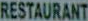
RESTAURANT